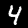
Digit: 4